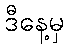
ဒီနေ့မှ